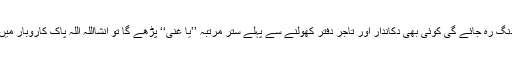
اوربہت جلد کاروبار میں ترقی ہوگی اور رزق حلال کہاں کہاں سے آئے گا کہ عقل دنگ رہ جائے گی کوئی بھی دکاندار اور تاجر دفتر کھولنے سے پہلے ستر مرتبہ ’’یا غنی‘‘ پڑھے گا تو انشااللہ اللہ پاک کاروبار میں برکت اور رزق میں اضافہ ہو گا اور کبھی بھی کسی نقصان کا خوف نہیں رہے گا ۔